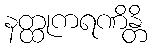
နတ္ထုကရဏိန္တိ